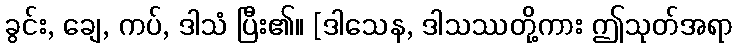
ခွင်း, ချေ, ကပ်, ဒါသံ ပြီး၏။ [ဒါသေန, ဒါသဿတို့ကား ဤသုတ်အရာ